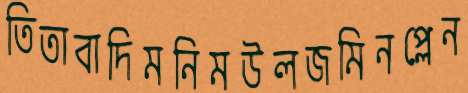
তিতাবাদিমনিমউলজমিনপ্লেন